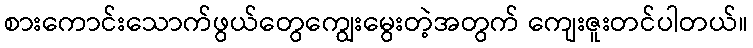
စားကောင်းသောက်ဖွယ်တွေကျွေးမွေးတဲ့အတွက် ကျေးဇူးတင်ပါတယ်။